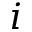
i